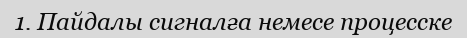
1. Пайдалы сигналға немесе процесске